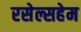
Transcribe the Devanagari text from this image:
रसेल्सहेम